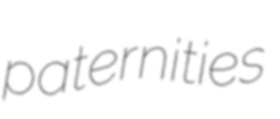
paternities